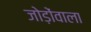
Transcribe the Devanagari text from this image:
जोड़ोंवाला